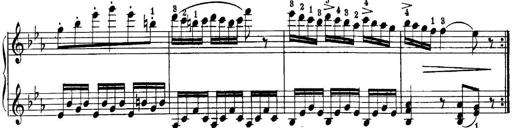
Title: Quatres sonatines
Composer: Tadeusz Joteyko